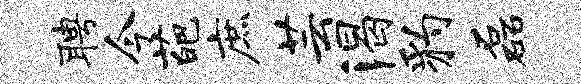
聘今葩庶芸渴豹磊